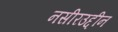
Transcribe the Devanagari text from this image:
नसीरउद्दीन